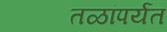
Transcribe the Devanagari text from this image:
तळांपर्यंत